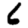
Digit: 6